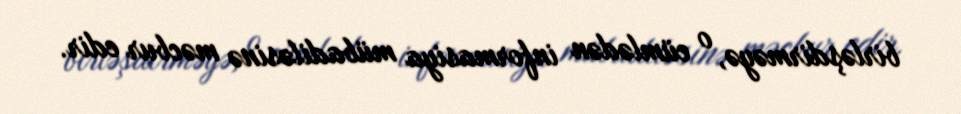
birləşdirməyə, o cümlədən informasiya mübadiləsinə məcbur edir.